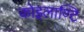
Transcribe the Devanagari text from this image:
कोइलाण्टि